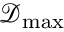
\mathcal { D } _ { \mathrm { m a x } }